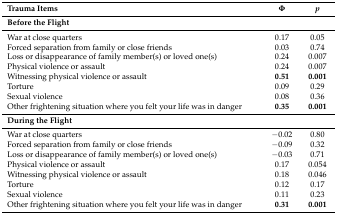
<table><thead><tr><td><b>Trauma Items</b></td><td><b>Φ</b></td><td><b><i>p</i></b></td></tr></thead><tbody><tr><td colspan="3"><b>Before the Flight</b></td></tr><tr><td>War at close quarters</td><td>0.17</td><td>0.05</td></tr><tr><td>Forced separation from family or close friends</td><td>0.03</td><td>0.74</td></tr><tr><td>Loss or disappearance of family member(s) or loved one(s)</td><td>0.24</td><td>0.007</td></tr><tr><td>Physical violence or assault</td><td>0.24</td><td>0.007</td></tr><tr><td>Witnessing physical violence or assault</td><td><b>0.51</b></td><td><b>0.001</b></td></tr><tr><td>Torture</td><td>0.09</td><td>0.29</td></tr><tr><td>Sexual violence</td><td>0.08</td><td>0.36</td></tr><tr><td>Other frightening situation where you felt your life was in danger</td><td><b>0.35</b></td><td><b>0.001</b></td></tr><tr><td colspan="3"><b>During the Flight</b></td></tr><tr><td>War at close quarters</td><td>−0.02</td><td>0.80</td></tr><tr><td>Forced separation from family or close friends</td><td>−0.09</td><td>0.32</td></tr><tr><td>Loss or disappearance of family member(s) or loved one(s)</td><td>−0.03</td><td>0.71</td></tr><tr><td>Physical violence or assault</td><td>0.17</td><td>0.054</td></tr><tr><td>Witnessing physical violence or assault</td><td>0.18</td><td>0.046</td></tr><tr><td>Torture</td><td>0.12</td><td>0.17</td></tr><tr><td>Sexual violence</td><td>0.11</td><td>0.23</td></tr><tr><td>Other frightening situation where you felt your life was in danger</td><td><b>0.31</b></td><td><b>0.001</b></td></tr></tbody></table>